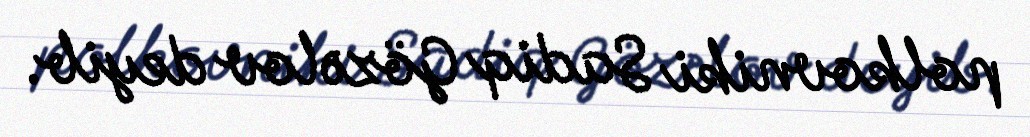
polkovniki Sadiq Gözəlov deyib.